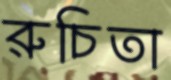
রুচিতা